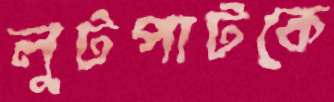
লুটপাটকে